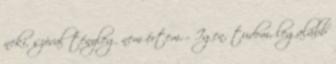
neki, szóval tényleg nem értem. - Igen, tudom, legalább